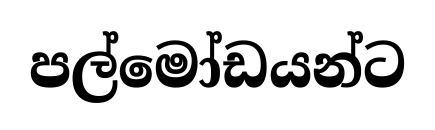
පල්මෝඩයන්ට